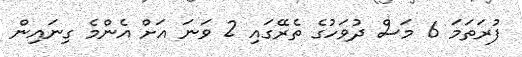
ފުރަތަމަ 6 މަސް ދުވަހުގެ ތެރޭގައި 2 ވަނަ އަށް އެންމެ ގިނައިން